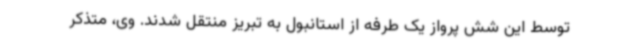
توسط این شش پرواز یک طرفه از استانبول به تبریز منتقل شدند. وی، متذکر